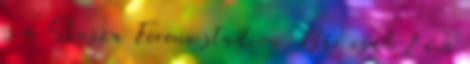
és a Szusza Ferenc stadion. Bár csak 2 éve